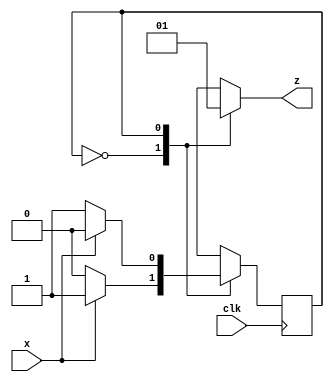
module parity_gen2 (x, clk, z);
    input x, clk;
    output reg z;
    reg even_odd;
    parameter EVEN=0, ODD=1;
   
    always @ (posedge clk)
      case (even_odd)
        EVEN: even_odd <= x ? ODD : EVEN;
        ODD : even_odd <= x ? EVEN : ODD;
        default: even_odd <= EVEN;
      endcase
  
     always @ (even_odd)
       case (even_odd)
         EVEN : z = 0;
         ODD : z = 1;
     endcase
endmodule